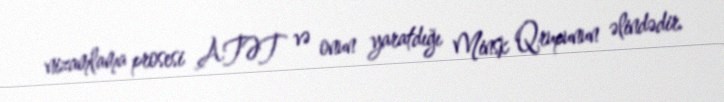
nizamlama prosesi ATƏT və onun yaratdığı Minsk Qrupunun əlindədir.